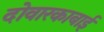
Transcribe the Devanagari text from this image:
दोवारकाबाई